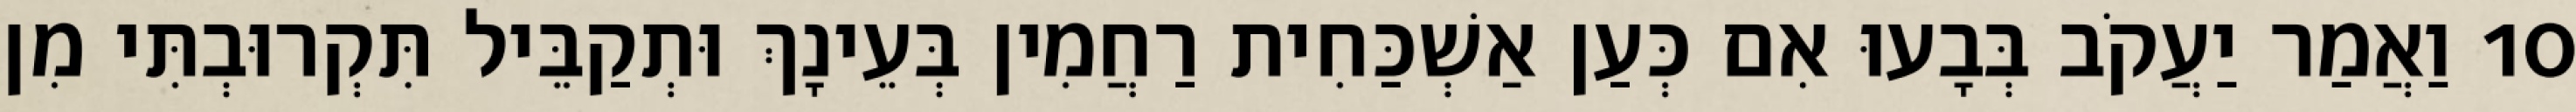
10 וַאֲמַר יַעֲקֹב בְּבָעוּ אִם כְּעַן אַשְׁכַּחִית רַחֲמִין בְּעֵינָךְ וּתְקַבֵּיל תִּקְרוּבְתִּי מִן